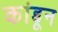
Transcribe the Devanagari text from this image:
कांडून